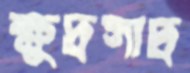
ক্ষুদ্রসাদ্র